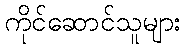
ကိုင်ဆောင်သူများ